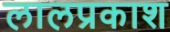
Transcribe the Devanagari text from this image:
लालप्रकाश